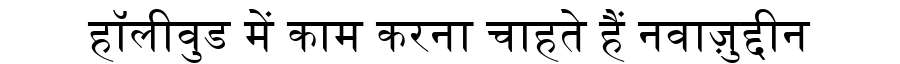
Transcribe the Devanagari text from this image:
हॉलीवुड में काम करना चाहते हैं नवाज़ुद्दीन